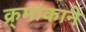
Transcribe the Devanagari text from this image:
क्र्मांकाने